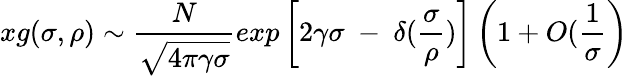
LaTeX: xg(\sigma,\rho)\sim{\frac{N}{\sqrt{4\pi\gamma\sigma}}}exp\left[2\gamma\sigma~-~\delta({\frac{\sigma}{\rho}})\right]\left(1+O({\frac{1}{\sigma}}\right)